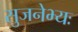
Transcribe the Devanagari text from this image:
सुजनेभ्यः